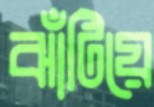
ঝাঁটিয়ে